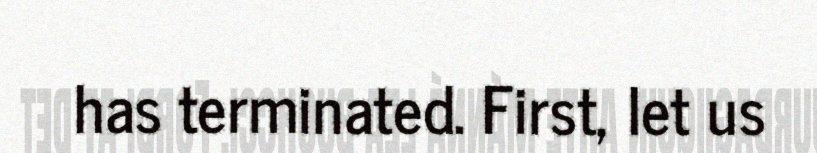
has terminated. First, let us